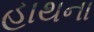
હાથના